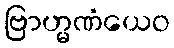
ဗြာဟ္မဏံယေဝ